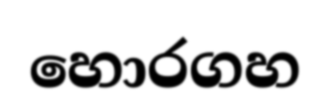
හොරගහ